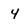
Character: 4